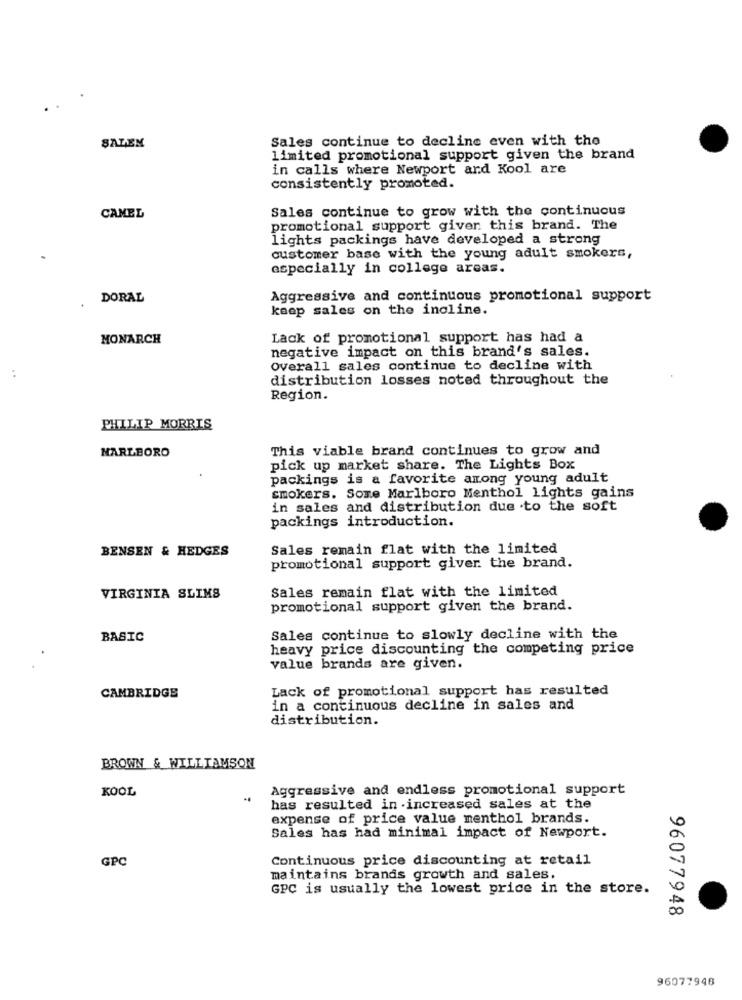
Sales continue to decline even with the
SALEN
limited promotional support given the brand
in calls where Newport and Kool are
consistently promoted.
Sales continue to grow with the continuous
CAMEL
promotional support given this brand. The
lights packings have developed a strong
customer base with the young adult smokers,
especially in college areas.
DORAL
Aggressive and continuous promotional support
keep sales on the incline.
MONARCH
Lack of promotional support has had a
negative impact on this brand's sales.
Overall sales continue to decline with
distribution losses noted throughout the
Region.
PHILIP MORRIS
MARLBORO
This viable brand continues to grow and
pick up market share. The Lights Box
packings is a favorite among young adult
smokers. Some Marlboro Menthol lights gains
in sales and distribution due to the soft
packings introduction.
BENSEN & HEDGES
Sales remain flat with the limited
promotional support giver the brand.
Sales remain flat with the limited
VIRGINIA SLIMS
promotional support given the brand.
BASIC
Sales continue to slowly decline with the
heavy price discounting the competing price
value brands are given.
Lack of promotional support has resulted
CAMBRIDGE
in a continuous decline in sales and
distribution.
BROWN & WILLIAMSON
KOOL
Aggressive and endless promotional support
has resulted in increased sales at the
expense of price value menthol brands.
Sales has had minimal impact of Newport.
GPC
Continuous price discounting at retail
maintains brands growth and sales.
GPC is usually the lowest price in the store.
96077948
96077946